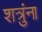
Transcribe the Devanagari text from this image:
शत्रुंना